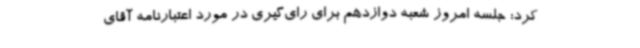
کرد: جلسه امروز شعبه دوازدهم برای رای‌گیری در مورد اعتبارنامه آقای